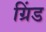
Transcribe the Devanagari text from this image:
ग्रिंड